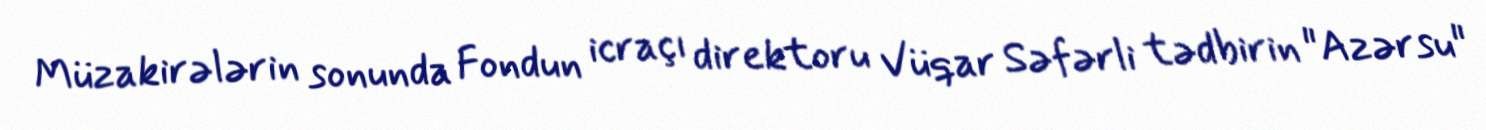
Müzakirələrin sonunda Fondun icraçı direktoru Vüqar Səfərli tədbirin "Azərsu"